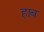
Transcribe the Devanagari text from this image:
हाब